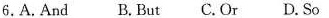
6.A.And B.But C.Or D.So